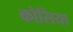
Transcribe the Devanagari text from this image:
कोसिया